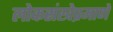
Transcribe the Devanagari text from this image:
लोकसंखेप्रमाणे